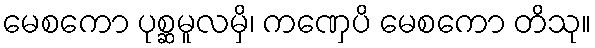
မေစကော ပုစ္ဆမူလမှိ၊ ကဏှေပိ မေစကော တိသု။